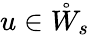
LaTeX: u\in\mathring{W}_{s}